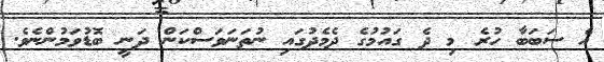
އެ ސަބަބާ ހުރެ މި ދެ ގައުމުގެ ދެމެދުގައި ނުތަނަވަސްކަން ދަނީ ބޮޑުވަމުންނެވެ.